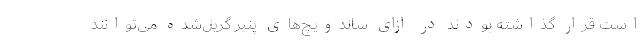
است قرار گذاشته بودند در ازای ساندویچ‌های پنیر گریل‌شده می‌توانند